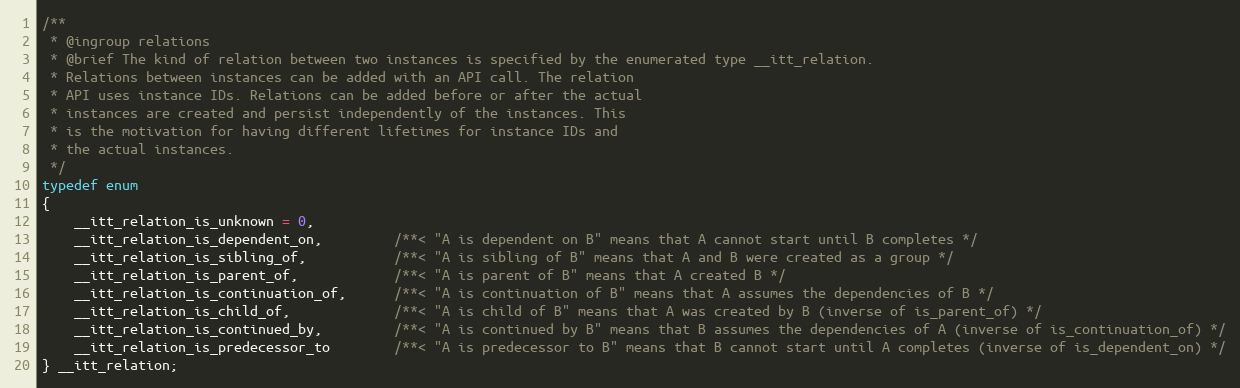
Language: C
/**
 * @ingroup relations
 * @brief The kind of relation between two instances is specified by the enumerated type __itt_relation.
 * Relations between instances can be added with an API call. The relation
 * API uses instance IDs. Relations can be added before or after the actual
 * instances are created and persist independently of the instances. This
 * is the motivation for having different lifetimes for instance IDs and
 * the actual instances.
 */
typedef enum
{
    __itt_relation_is_unknown = 0,
    __itt_relation_is_dependent_on,         /**< "A is dependent on B" means that A cannot start until B completes */
    __itt_relation_is_sibling_of,           /**< "A is sibling of B" means that A and B were created as a group */
    __itt_relation_is_parent_of,            /**< "A is parent of B" means that A created B */
    __itt_relation_is_continuation_of,      /**< "A is continuation of B" means that A assumes the dependencies of B */
    __itt_relation_is_child_of,             /**< "A is child of B" means that A was created by B (inverse of is_parent_of) */
    __itt_relation_is_continued_by,         /**< "A is continued by B" means that B assumes the dependencies of A (inverse of is_continuation_of) */
    __itt_relation_is_predecessor_to        /**< "A is predecessor to B" means that B cannot start until A completes (inverse of is_dependent_on) */
} __itt_relation;